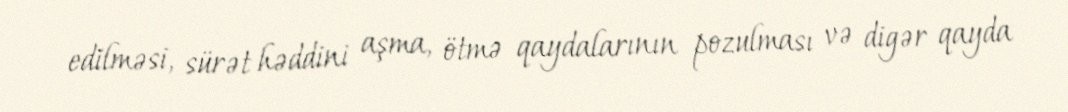
edilməsi, sürət həddini aşma, ötmə qaydalarının pozulması və digər qayda